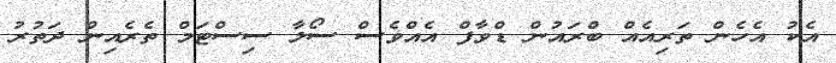
އެކު އެހެން ތަރިއެއް ބްރައުން ޑްވާފް އެއްވެސް ސޯލާ ސިސްޓަމް ތެރެއިން ދަތުރު